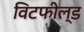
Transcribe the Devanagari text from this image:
विटफील्ड